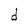
Character: d